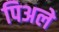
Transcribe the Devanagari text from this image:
पिअले